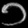
Digit: ၁